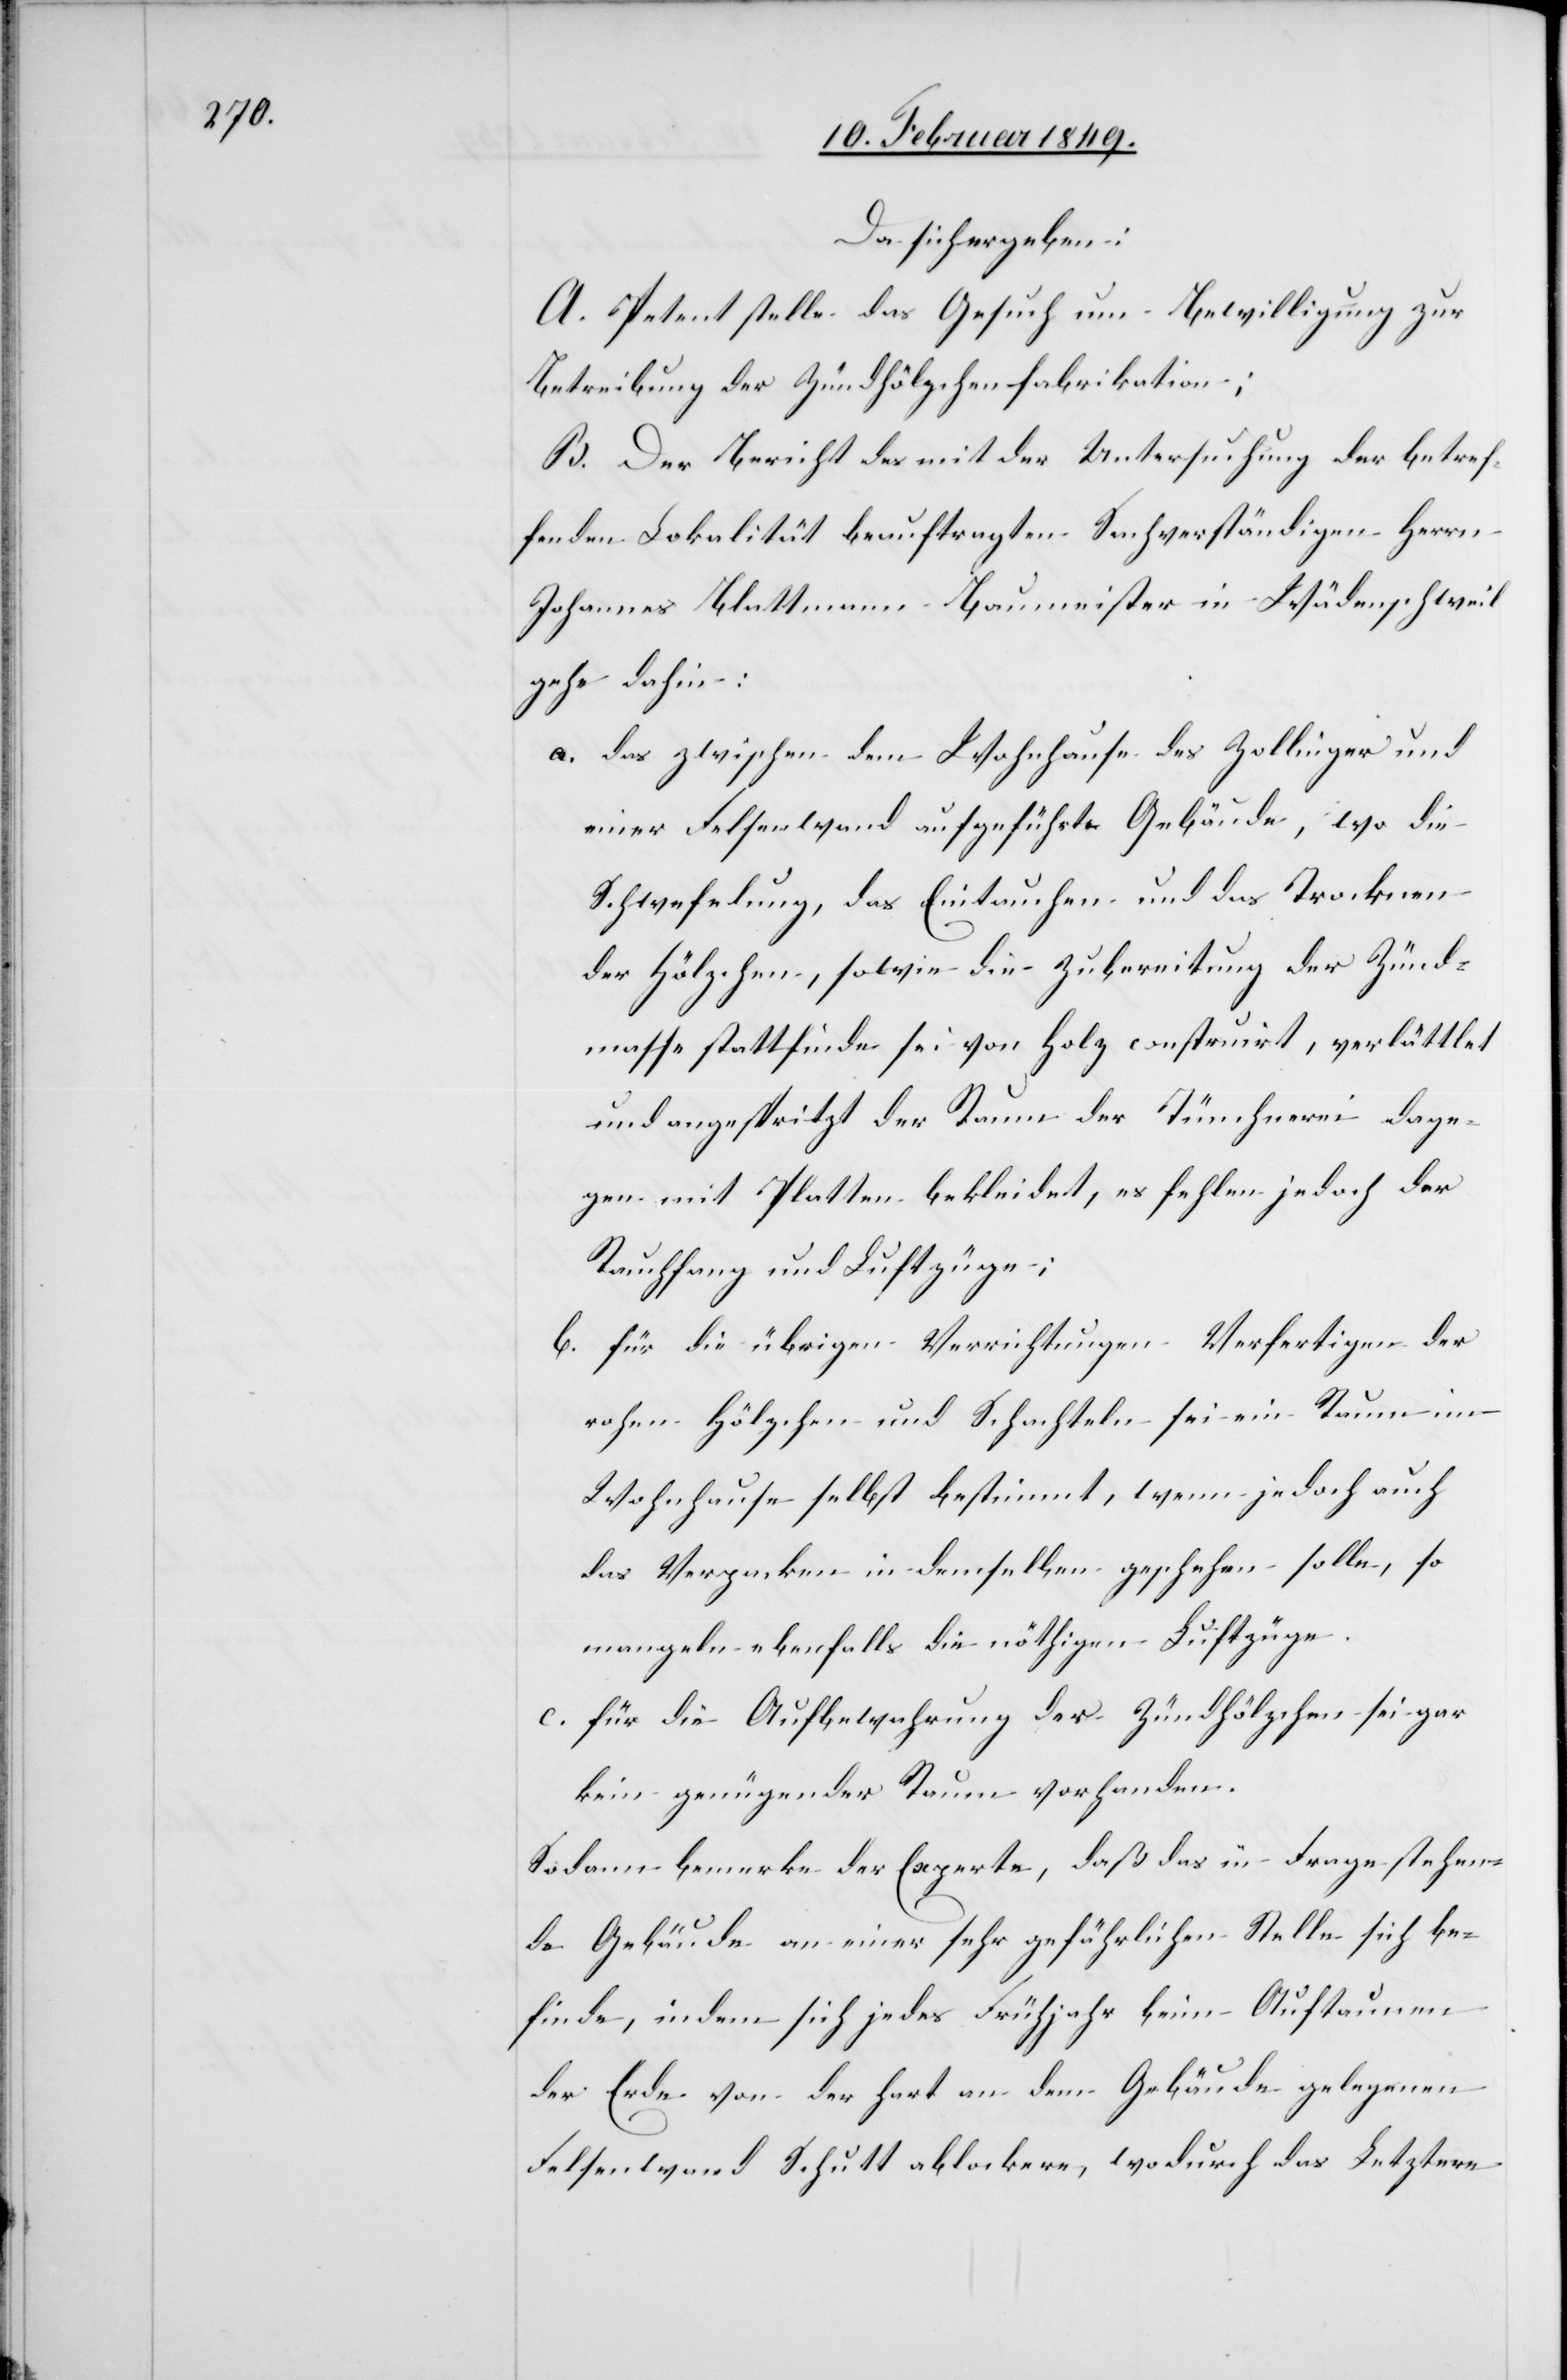
Da sich ergeben:
A. Petent stelle das Gesuch um Bewilligung zur
Betreibung der Zündhölzchenfabrikation;
B. Der Bericht des mit der Untersuchung der betref¬
fenden Lokalität beauftragten Sachverständigen Herrn
Johannes Blattmann Baumeister in Wädenschweil
gehe dahin:
a. das zwischen dem Wohnhause des Zollinger und
einer Felsenwand aufgeführte Gebäude, wo die
Schwefelung, das Eintauchen und das Trocknen
der Hölzchen, sowie die Zubereitung der Zünd¬
masse stattfinde sei von Holz construirt, verlättlet
und angespritzt der Raum der Tünchnerei dage¬
gen mit Platten bekleidet, es fehlen jedoch der
Rauchfang und Luftzüge;
b. für die übrigen Verrichtungen Verfertigen der
rohen Hölzchen und Schachteln sei ein Raum im
Wohnhause selbst bestimmt, wenn jedoch auch
das Verpacken in demselben geschehen solle, so
mangeln ebenfalls die nöthigen Luftzüge.
c. für die Aufbewahrung der Zündhölzchen sei gar
kein genügender Raum vorhanden.
Sodann bemerke der Experte, daß das in Frage stehen¬
de Gebäude an einer sehr gefährlichen Stelle sich be¬
finde, indem sich jedes Frühjahr beim Auftauenn
der Erde von der hart an dem Gebäude gelegenen
Felsenwand Schutt ablockere, wodurch das Letztere